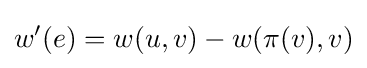
w^{\prime }(e)=w(u,v)-w(\pi (v),v)